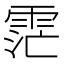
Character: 𮦏